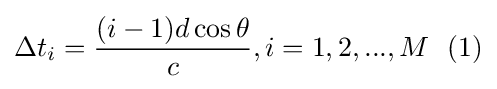
\Delta t_{i}={\frac {(i-1)d\cos \theta }{c}},i=1,2,...,M\ \ (1)